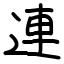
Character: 連